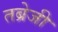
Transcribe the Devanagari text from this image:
तब्रेजी